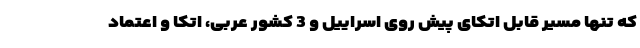
که تنها مسیر قابل اتکای پیش روی اسراییل و 3 کشور عربی، اتکا و اعتماد